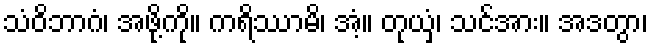
သံဝိဘာဂံ၊ အဖို့ကို။ ကရိဿာမိ၊ အံ့။ တုယှံ၊ သင်အား။ အဒတွာ၊